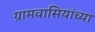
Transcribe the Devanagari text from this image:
ग्रामवासियांच्या